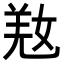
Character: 𡝸